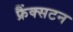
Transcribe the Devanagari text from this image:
फ्रैंक्सटन